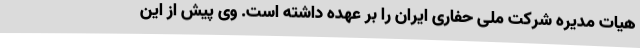
هیات مدیره شرکت ملی حفاری ایران را بر عهده داشته است. وی پیش از این